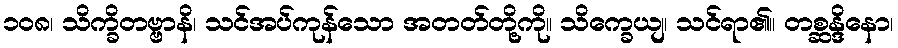
၁၀၈၊ သိက္ခိတဗ္ဗာနိ၊ သင်အပ်ကုန်သော အတတ်တို့ကို။ သိက္ခေယျ၊ သင်ရာ၏။ တစ္ဆန္ဒိနော၊